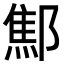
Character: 𨝱